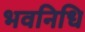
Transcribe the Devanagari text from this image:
भवनिधि